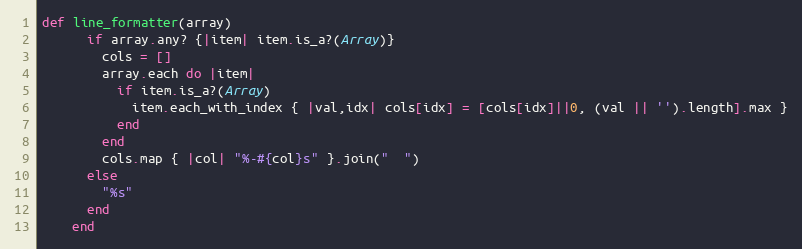
Language: Ruby
def line_formatter(array)
      if array.any? {|item| item.is_a?(Array)}
        cols = []
        array.each do |item|
          if item.is_a?(Array)
            item.each_with_index { |val,idx| cols[idx] = [cols[idx]||0, (val || '').length].max }
          end
        end
        cols.map { |col| "%-#{col}s" }.join("  ")
      else
        "%s"
      end
    end